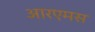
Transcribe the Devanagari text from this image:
आरएमस